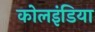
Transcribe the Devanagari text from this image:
कोलइंडिया